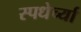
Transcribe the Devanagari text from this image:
स्पधेर्च्या